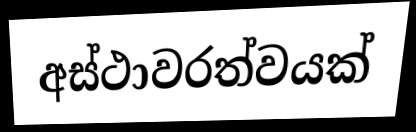
අස්ථාවරත්වයක්